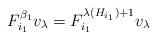
LaTeX: \begin{align*}F_{i_{1}}^{\beta_{1}}v_{\lambda}=F_{i_{1}}^{\lambda(H_{i_{1}})+1}v_{\lambda}\end{align*}